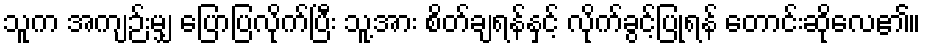
သူက အကျဉ်းမျှ ပြောပြလိုက်ပြီး သူ့အား စိတ်ချရန်နှင့် လိုက်ခွင့်ပြုရန် တောင်းဆိုလေ၏။